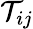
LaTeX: \mathcal{T}_{ij}